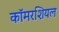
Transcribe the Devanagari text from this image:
कॉमरशियल